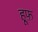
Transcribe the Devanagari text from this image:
हूफ़